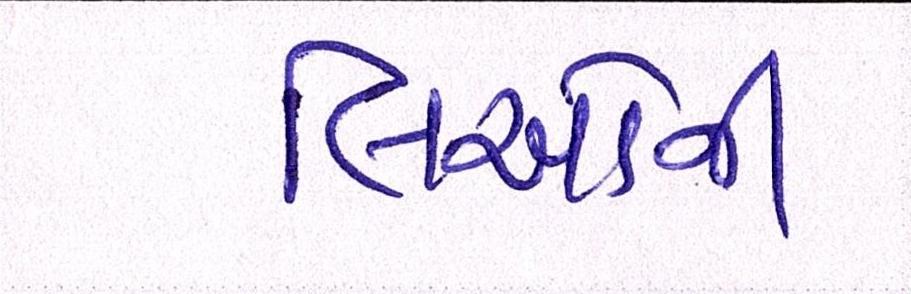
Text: લિઓની